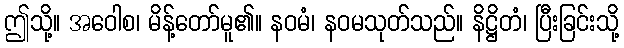
ဤသို့။ အဝေါစ၊ မိန့်တော်မူ၏။ နဝမံ၊ နဝမသုတ်သည်။ နိဋ္ဌိတံ၊ ပြီးခြင်းသို့